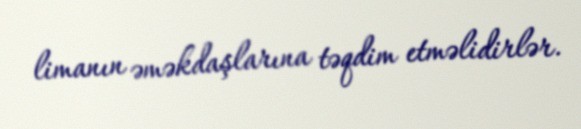
limanın əməkdaşlarına təqdim etməlidirlər.